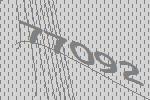
77092